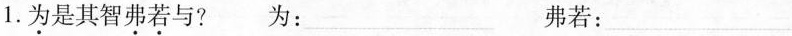
1.为是其智弗若与?为：___弗若：___